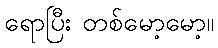
ရောပြီး တစ်မော့မော့။